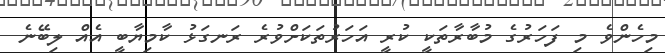
މިހެންވެ މި ފަހަރުގެ މުބާރާތަކީ ކުރީ އަހަރުތަކަށްވުރެ ރަނގަޅު ކާމިޔާބީ އެއް ލިބޭނެ